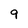
Character: 9